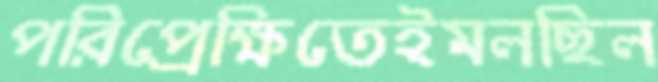
পরিপ্রেক্ষিতেইমলছিল